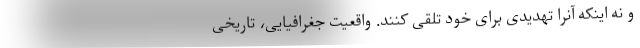
و نه اینکه آنرا تهدیدی برای خود تلقی کنند. واقعیت جغرافیایی، تاریخی